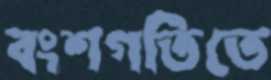
বংশগতিতে